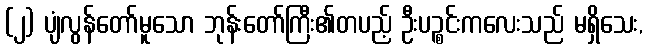
(၂) ပျံလွန်တော်မူသော ဘုန်းတော်ကြီး၏တပည့် ဦးပဉ္စင်းကလေးသည် မရှိသေး,